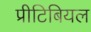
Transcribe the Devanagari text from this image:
प्रीटिबियल